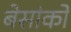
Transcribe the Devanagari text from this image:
बेसांको